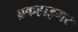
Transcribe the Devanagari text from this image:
ब्रकहाइमर